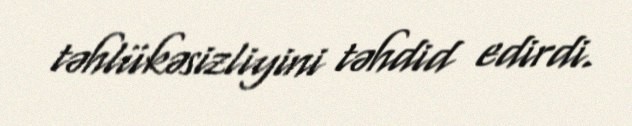
təhlükəsizliyini təhdid edirdi.